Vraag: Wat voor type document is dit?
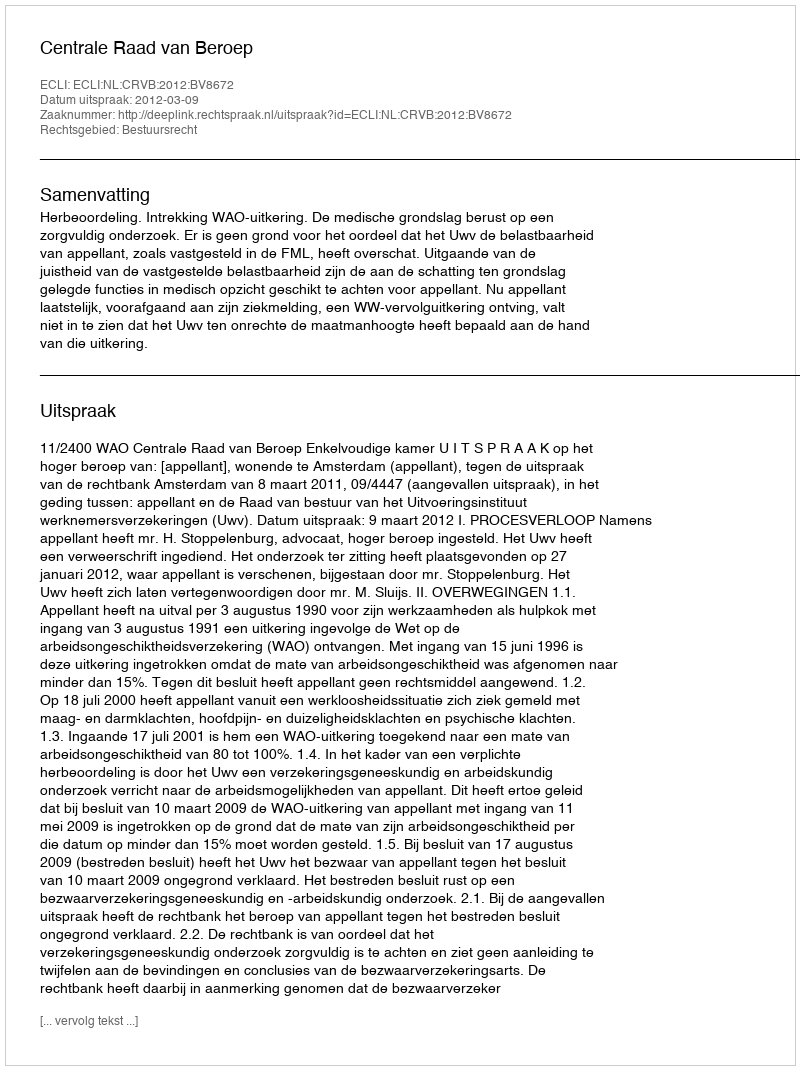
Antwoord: Uitspraak